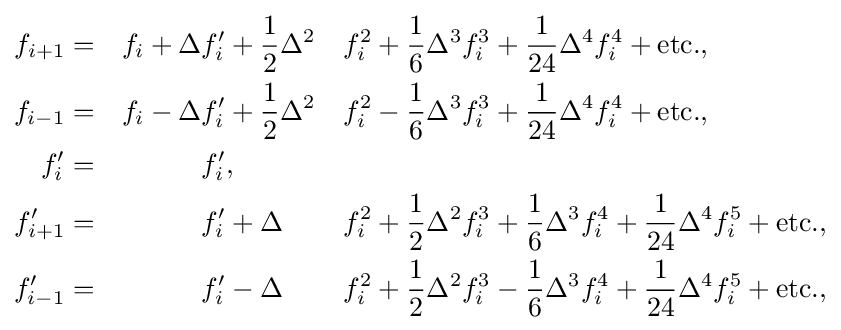
{\begin{aligned}f_{i+1}&=&f_{i}+\Delta &f'_{i}+{\frac {1}{2}}\Delta ^{2}&f_{i}^{2}+{\frac {1}{6}}\Delta ^{3}&f_{i}^{3}+{\frac {1}{24}}\Delta ^{4}f_{i}^{4}+\mathrm {etc.} ,\\f_{i-1}&=&f_{i}-\Delta &f'_{i}+{\frac {1}{2}}\Delta ^{2}&f_{i}^{2}-{\frac {1}{6}}\Delta ^{3}&f_{i}^{3}+{\frac {1}{24}}\Delta ^{4}f_{i}^{4}+\mathrm {etc.} ,\\f'_{i}&=&&f'_{i},\\f'_{i+1}&=&&f'_{i}+\Delta &f_{i}^{2}+{\frac {1}{2}}\Delta ^{2}&f_{i}^{3}+{\frac {1}{6}}\Delta ^{3}f_{i}^{4}+{\frac {1}{24}}\Delta ^{4}f_{i}^{5}+\mathrm {etc.} ,\\f'_{i-1}&=&&f'_{i}-\Delta &f_{i}^{2}+{\frac {1}{2}}\Delta ^{2}&f_{i}^{3}-{\frac {1}{6}}\Delta ^{3}f_{i}^{4}+{\frac {1}{24}}\Delta ^{4}f_{i}^{5}+\mathrm {etc.} ,\\\end{aligned}}